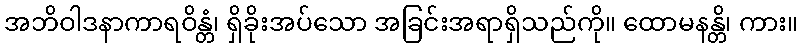
အဘိဝါဒနာကာရဝိန္တံ၊ ရှိခိုးအပ်သော အခြင်းအရာရှိသည်ကို။ ထောမနန္တိ၊ ကား။